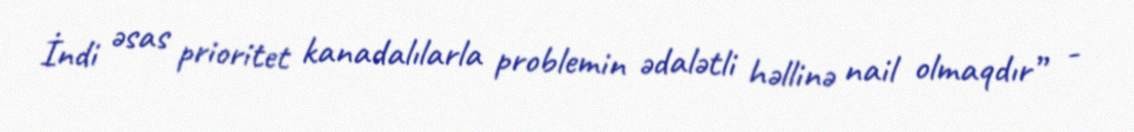
İndi əsas prioritet kanadalılarla problemin ədalətli həllinə nail olmaqdır” -